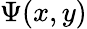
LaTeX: \Psi(x,y)